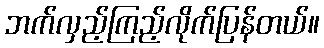
ဘက်လှည့်ကြည့်လိုက်ပြန်တယ်။